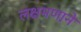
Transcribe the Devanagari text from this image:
लक्षमणाने